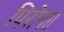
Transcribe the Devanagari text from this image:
पिरोना।